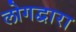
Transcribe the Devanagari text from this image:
लोगद्वारा